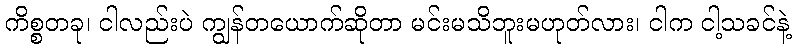
ကိစ္စတခု၊ ငါလည်းပဲ ကျွန်တယောက်ဆိုတာ မင်းမသိဘူးမဟုတ်လား၊ ငါက ငါ့သခင်နဲ့